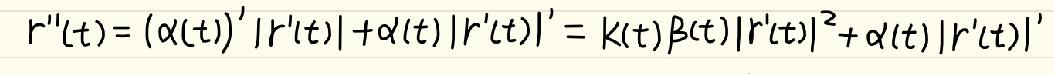
\[ r^{\prime\prime}(t)=(\alpha(t))^{\prime}\left|r^{\prime}(t)\right|+\alpha(t)\left|r^{\prime}(t)\right|^{\prime}=k(t)\beta(t)\left|r^{\prime}(t)\right|^{2}+\alpha(t)\left|r^{\prime}(t)\right|^{\prime} \]